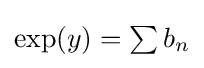
{\textstyle \exp(y)=\sum b_{n}}